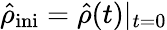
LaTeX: {\hat{\rho}}_{\mathrm{ini}}={\hat{\rho}}(t)|_{t=0}